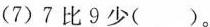
(7)7比9少（）。